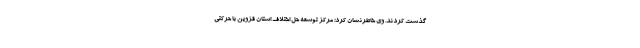
گذشت کردند. وی خاطرنشان کرد: مرکز توسعه حل اختلاف استان قزوین با حرکتی